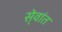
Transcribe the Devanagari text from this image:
से्वांत